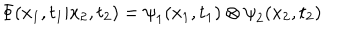
{ \Phi } ( x _ { 1 } , t _ { 1 } | x _ { 2 } , t _ { 2 } ) = { \psi } _ { 1 } ( x _ { 1 } , t _ { 1 } ) \otimes { \psi } _ { 2 } ( x _ { 2 } , t _ { 2 } )